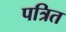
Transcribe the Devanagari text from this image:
पत्रित